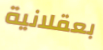
بعقلانية